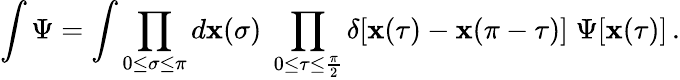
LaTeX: \int\Psi=\int\prod_{0\leq\sigma\leq\pi}d\mathbf{x}(\sigma)\; \prod_{0\leq\tau\leq\frac{{\pi}}{{2}}}\delta[\mathbf{x}(\tau)-\mathbf{x}(\pi-\tau)]\; \Psi[\mathbf{x}(\tau)]\, .